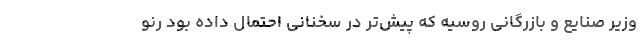
وزیر صنایع و بازرگانی روسیه که پیش‌تر در سخنانی احتمال داده بود رنو